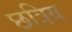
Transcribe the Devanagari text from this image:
छत्रिय